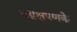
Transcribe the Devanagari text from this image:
नग्नक्षपणके